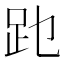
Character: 𲃔